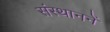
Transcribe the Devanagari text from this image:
संस्थाननें